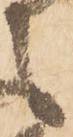
之